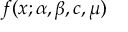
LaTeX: f ( x ; \alpha , \beta , c , \mu )